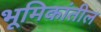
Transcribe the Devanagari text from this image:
भूमिकांतील